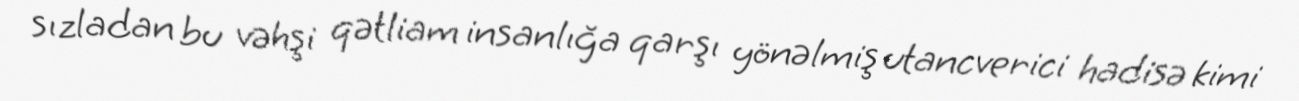
sızladan bu vəhşi qətliam insanlığa qarşı yönəlmiş utancverici hadisə kimi